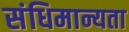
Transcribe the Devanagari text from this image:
संधिमान्यता